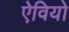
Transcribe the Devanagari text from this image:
ऐवियो